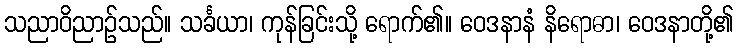
သညာဝိညာဉ်သည်။ သင်္ခယာ၊ ကုန်ခြင်းသို့ ရောက်၏။ ဝေဒနာနံ နိရောဓာ၊ ဝေဒနာတို့၏